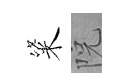
粢院